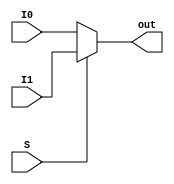
// Mux2to1

module Mux2to1 ( I0,
				 I1,
				 S,
				 out);

	parameter bit_size = 16;

	input  [bit_size-1:0] I0;
	input  [bit_size-1:0] I1;
	input  S;

	output [bit_size-1:0] out;
  
	/* implement Mux2to1 */
	/* if( S==0 )
            assign out = I0 ;
        else
            assign out = I1 ;*/
	 assign out = (S==0)?I0:I1 ;

endmodule